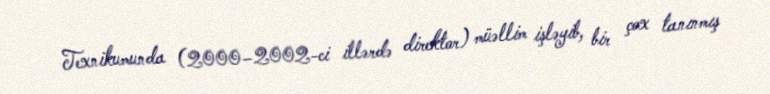
Texnikumunda (2000–2002-ci illərdə direktor) müəllim işləyib, bir çox tanınmış